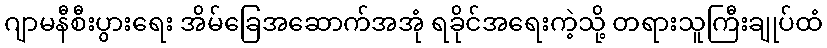
ဂျာမနီစီးပွားရေး အိမ်ခြေအဆောက်အအုံ ရခိုင်အရေးကဲ့သို့ တရားသူကြီးချုပ်ထံ